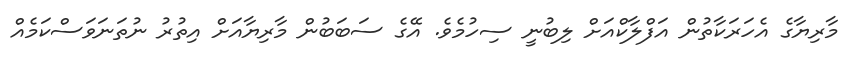
މާރިޔާގެ އެހަރަކާތުން އަފްލާކްއަށް ލިބުނީ ސިހުމެވެ. އޭގެ ސަބަބުން މާރިޔާއަށް އިތުރު ނުތަނަވަސްކަމެއް